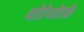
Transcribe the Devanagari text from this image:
थोडेथोडके